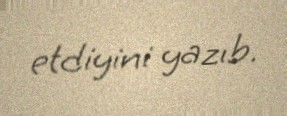
etdiyini yazıb.